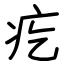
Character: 疙